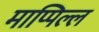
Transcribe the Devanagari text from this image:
माप्पिल्ल